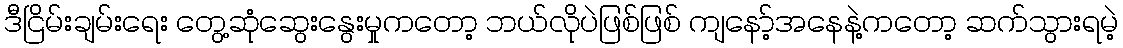
ဒီငြိမ်းချမ်းရေး တွေ့ဆုံဆွေးနွေးမှုကတော့ ဘယ်လိုပဲဖြစ်ဖြစ် ကျနော့်အနေနဲ့ကတော့ ဆက်သွားရမဲ့